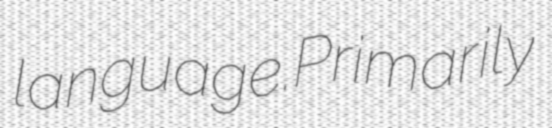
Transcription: language.Primarily